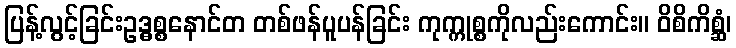
ပြန့်လွင့်ခြင်းဥဒ္ဓစ္စနောင်တ တစ်ဖန်ပူပန်ခြင်း ကုက္ကုစ္စကိုလည်းကောင်း။ ဝိစိကိစ္ဆံ၊